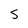
Character: 5